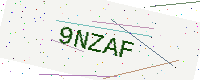
Text: 9NZAF